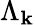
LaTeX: \Lambda_{\mathbf{k}}